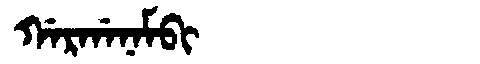
Manchu: ᡤᠠᡵᡤᠠᠨᠠᠮᠪᡳ
Romanization: GARGANAMBI